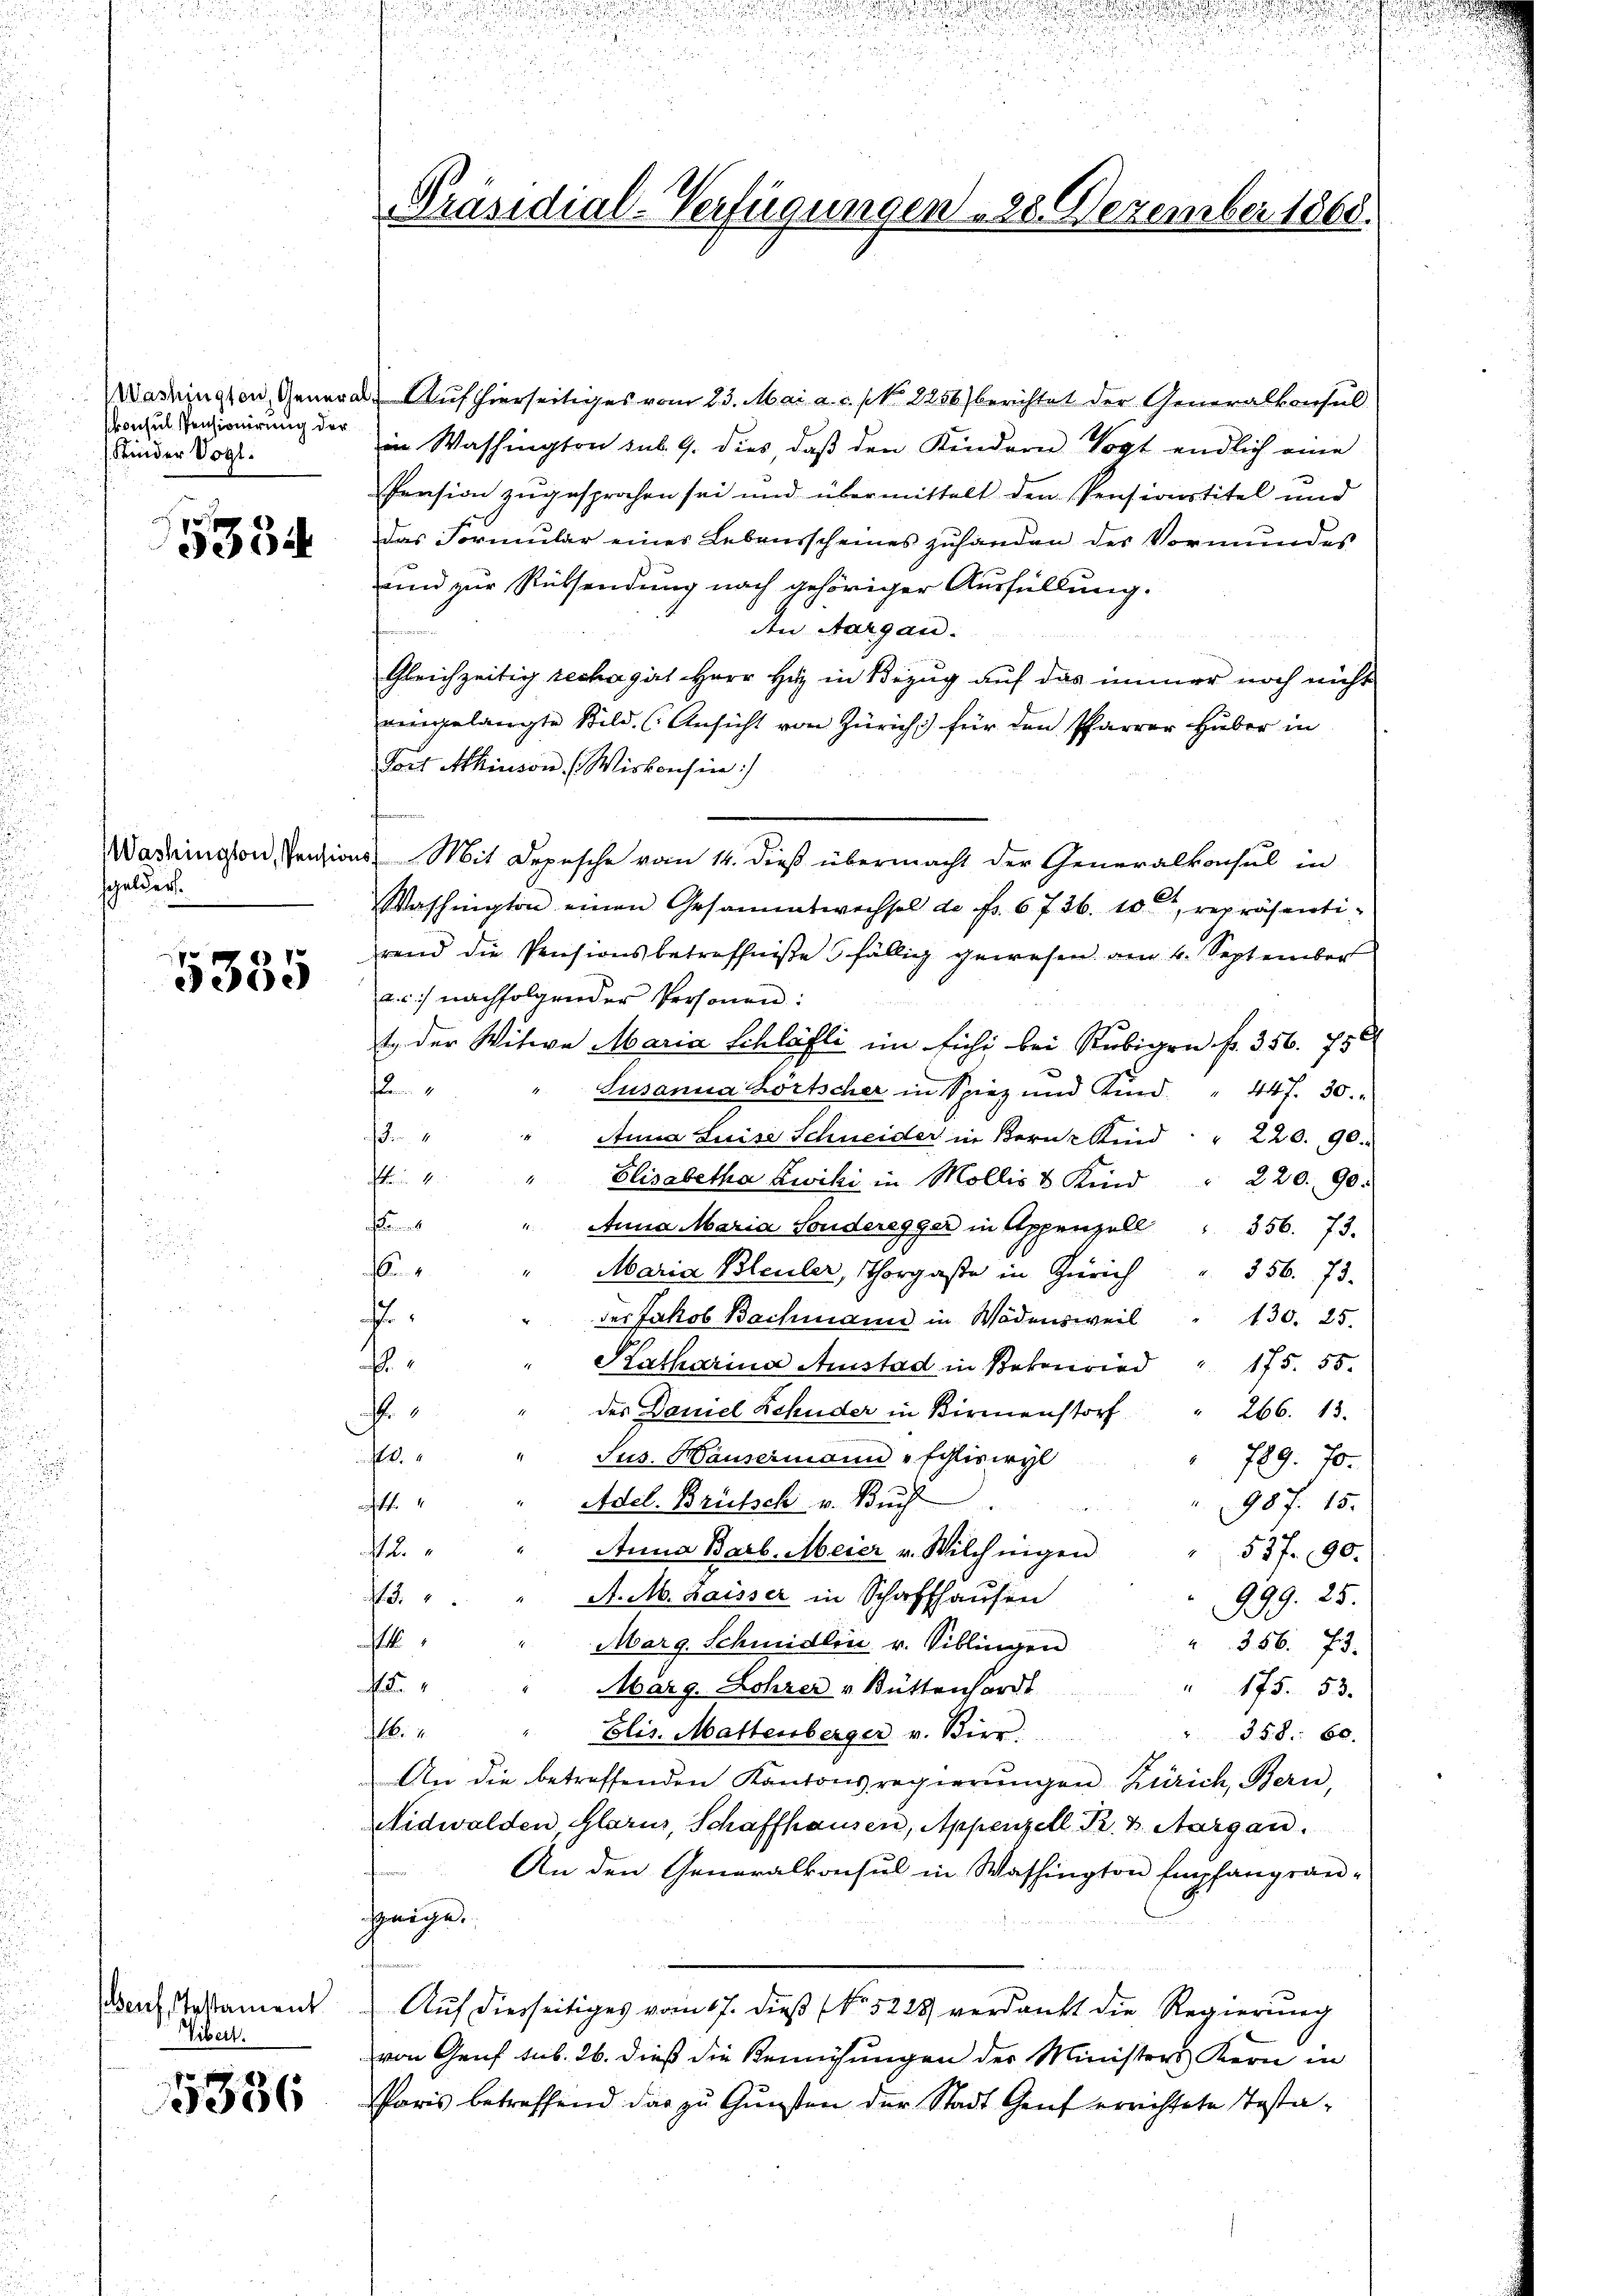
Washington, General
konsul Pensionirung der
Kinder Vogl.

5334

Washington, Pension
schulder.

5385

auf, Testament
Tibe

5336

s

.

Präsidial-Verfügungen 28. Dezember 1868.

Auf hierseitiges vom 23. Mai a. c. (N. 2256) berichtet der Generalkonsul
in Washington sub. 9. dies daß den Kindern Vogt endlich eine
Pension zugesprochen sei und übermittelt den Pensionstitel und
Das Formular eines Lebensscheines zuhanden des Vormundes
nnd zur Rüksendung nach gehöriger Ausfüllung.
den Aargau.
i
Gleichzeitig rechagirt Herr Herz in Bezug auf das immer noch nicht
eingelangte Bild. (Ansicht von Zürich) für den Pfarrer Huber in
Fort Akinson. (Wiskonsen :/
Mit Depesche vom 14. dieß übermacht der Generalkonsul in
Washington einen Gesammtwechsel de fr. 6736. 10, repräsenti-
rend die Pensionsbetreffniße fällig gewesen. am 4. September
a.c. nachfolgender Personen:
t der Witwe Maria Schläfli im Eichi bei Rubigen fr. 356. 750
Den 1
Susanna Zortscher in Spiez und Kind
 44 f. 30.
4
Anna Luise Schneider in Bern Kind " " 220. 90.
f 1.
Elisabetha Zwicki in Mollis u Kind " 220. 90.
f
Anna Maria Sonderegger in Appenzell " 356. 73.
6.
Maria Bleuler, Thorgaße in Zürich
356. 73.
.
der Jakob Bachmann in Wädensweil
130. 25.
Katharina Amstad in Bekenried " 175. 55.
4
des Daniel Schuder in Birmenstorf
266. 13.
.
14
Jus. Häusermann schliswyl
729. 70.
4
Adel. Brütsch v. Buch
987. 15.
u
Anna Barb. Meier v. Wilchnigen
53fr. 90.
A. M. Kaisser in Schaffhausen
13.
999. 25.
.
Marg. Schmidlin v. Siblingen
356. 73.
2
Marg. Lohrer v. Büttenhardt
175. 53.
.1
35. 8. 60.
Elis. Mattenberger v. Bier:
An die betreffenden Kantonsregierŭngen Zürich, Bern,
Nidwalden, Glarus, Schaffhausen, Appenzell. Pr. v. Aargau.
An den Generalkonsul in Washington Empfangsan-
geige.
Auf diesseitiges vom 17. dieß (No 5228) verdankt die Regierung
von Genf sub. 26. dieß die Remühungen der Ministers Kern in
Paris betreffend das zu Gunsten der Stadt Genf errichtete Testa¬